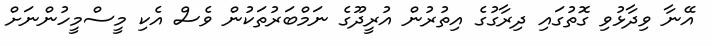
އޭނާ ވިދާޅުވި ގޮތުގައި ދިރާގުގެ އިތުރުން އުރީދޫގެ ނަމްބަރުތަކުން ވެސް އެކި މީސްމީހުންނަށް